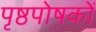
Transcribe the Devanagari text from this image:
पृष्ठपोषकों